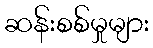
ဆန်းစစ်မှုများ